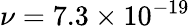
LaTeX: \nu=7.3\times 10^{-19}